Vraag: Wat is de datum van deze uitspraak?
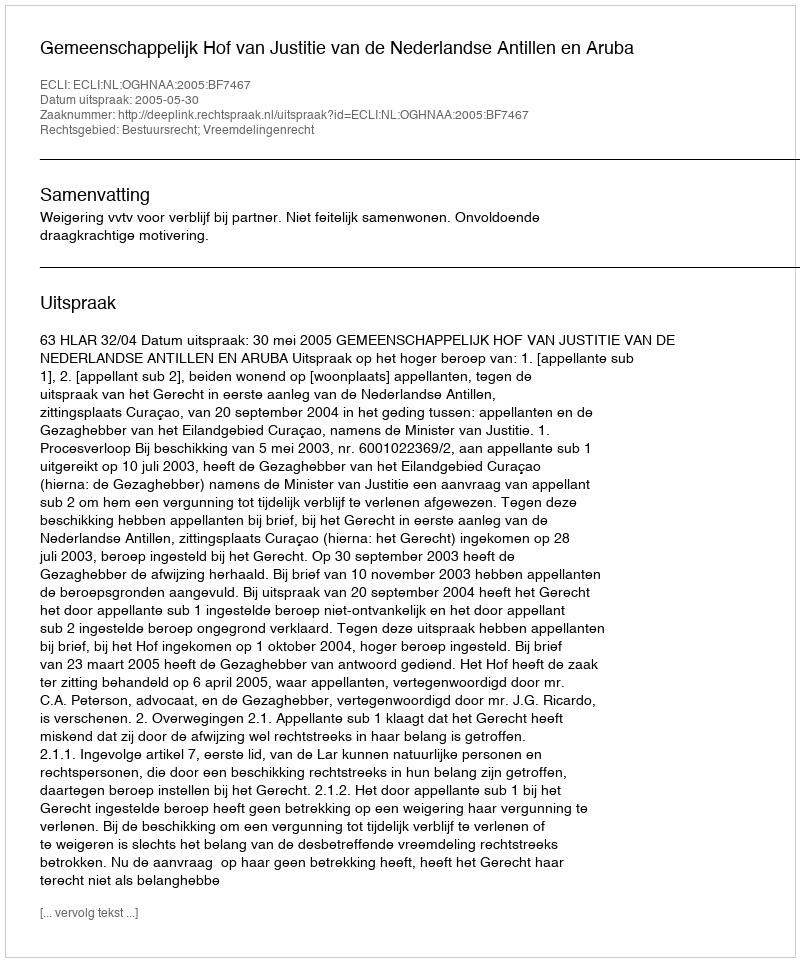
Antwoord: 2005-05-30